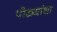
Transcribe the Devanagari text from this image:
पोळ्यांचा